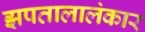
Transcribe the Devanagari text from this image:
झपतालालंकार